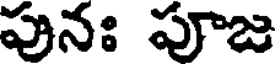
పునః పూజ